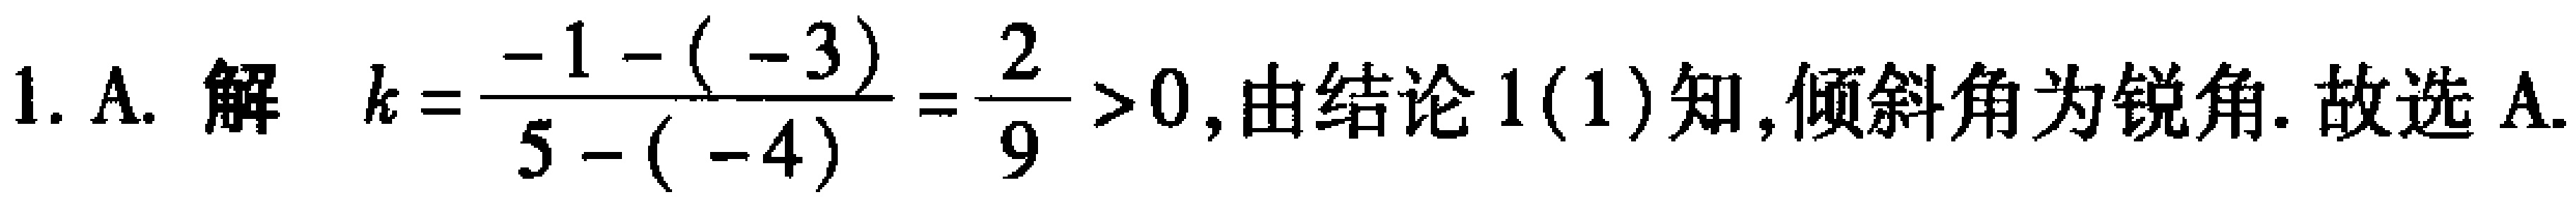
1. A. 解 \(k = \frac{-1 - (-3)}{5 - (-4)}=\frac{2}{9}>0\), 由结论 1(1)知, 倾斜角为锐角. 故选 A.